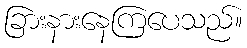
ခြားနားနေကြပေသည်။